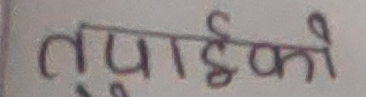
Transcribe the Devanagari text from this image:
तपाईंको